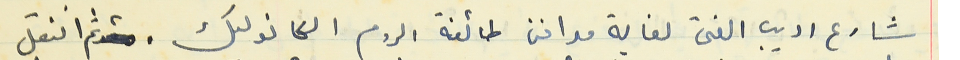
شارع اديب الفتى لغاية مدافن طائفة الروم الكاتوليك. ثم انتقل